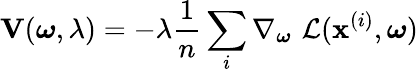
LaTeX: \mathbf{V}(\boldsymbol{\omega},\lambda)=-\lambda\frac{1}{n}\sum_{i}\nabla_{\boldsymbol{\omega}}\, \, \mathcal{L}(\mathbf{x}^{(i)},\boldsymbol{\omega})